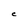
Character: C